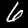
Digit: 6